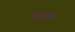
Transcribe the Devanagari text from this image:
मोलसिरी